Report of an investigation into the causes of the diseases known in Assam as Kála-Azár and Beri-Beri
Disease focus: Beri-Beri
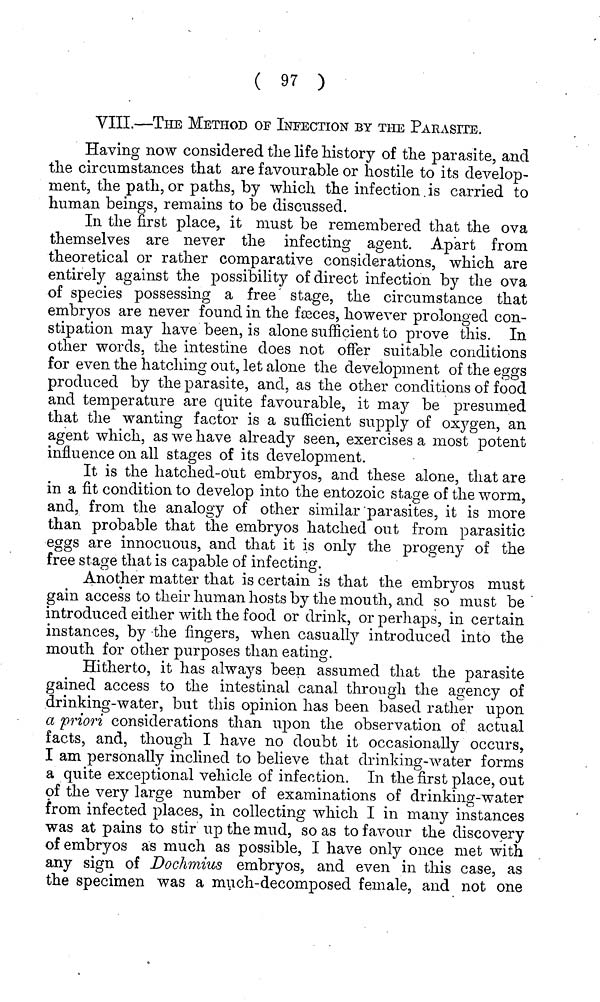
( 97 )
VIII.—THE METHOD OF INFECTION BY THE PARASITE.
Having now considered the life history of the parasite, and
the circumstances that are favourable or hostile to its develop-
ment, the path, or paths, by which the infection is carried to
human beings, remains to be discussed.
In the first place, it must be remembered that the ova
themselves are never the infecting agent. Apart from
theoretical or rather comparative considerations, which are
entirely against the possibility of direct infection by the ova
of species possessing a free' stage, the circumstance that
embryos are never found in the faeces, however prolonged con-
stipation may have been, is alone sufficient to prove this. In
other words, the intestine does not offer suitable conditions
for even the hatching out, let alone the development of the eggs
produced by the parasite, and, as the other conditions of food
and temperature are quite favourable, it may be presumed
that the wanting factor is a sufficient supply of oxygen, an
agent which, as we have already seen, exercises a most potent
influence on all stages of its development.
It is the hatched-out embryos, and these alone, that are
in a fit condition to develop into the entozoic stage of the worm,
and, from the analogy of other similar parasites, it is more
than probable that the embryos hatched out from parasitic
eggs are innocuous, and that it is only the progeny of the
free stage that is capable of infecting.
Another matter that is certain is that the embryos must
gain access to their human hosts by the mouth, and so must be
introduced either with the food or drink, or perhaps, in certain
instances, by the fingers, when casually introduced into the
mouth for other purposes than eating.
Hitherto, it has always been assumed that the parasite
gained access to the intestinal canal through the agency of
drinking-water, but this opinion has been based rather upon
a priori considerations than upon the observation of actual
facts, and, though I have no doubt it occasionally occurs,
I am personally inclined to believe that drinking-water forms
a quite exceptional vehicle of infection. In the first place, out
pf the very large number of examinations of drinking-water
from infected places, in collecting which I in many instances
was at pains to stir up the mud, so as to favour the discovery
of embryos as much as possible, I have only once met with
any sign of Dochmius embryos, and even in this case, as
the specimen was a much-decomposed female, and not one